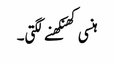
ہنسی کھنکھنے لگتی۔